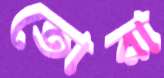
তোরা